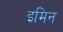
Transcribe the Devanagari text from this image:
इमिन